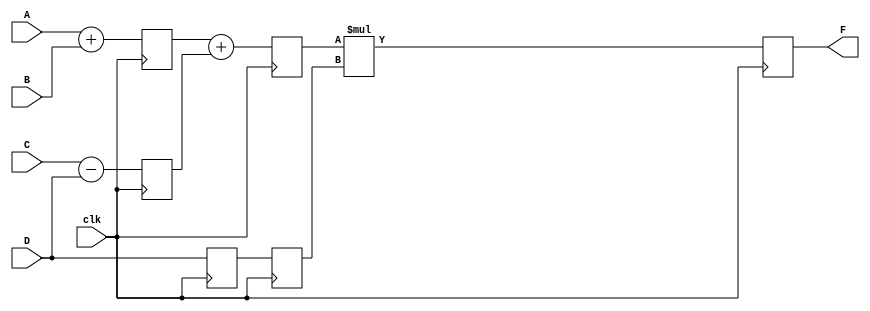
module pipe_ex (F, A, B, C, D, clk);

	parameter N = 10;
	
	input [N-1:0] A, B, C, D;
	input clk;
	output [N-1:0] F;
	reg [N-1:0] L12_X1, L12_X2, L12_D, L23_X3, L23_D, L34_F;
	
	assign F = L34_F;
	
	always @(posedge clk)
		begin
			L12_X1 <= #4 A + B;
			L12_X2 <= #4 C - D;
			L12_D <= D;
		end
		
	always @(posedge clk)
		begin
			L23_X3 <= #4 L12_X1 + L12_X2;
			L23_D <= L12_D;
		end
		
	always @(posedge clk)
		begin
			L34_F <= #6 L23_X3 * L23_D;
		end
	
endmodule